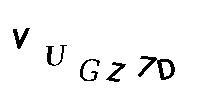
VUGZ7D